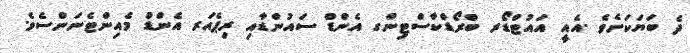
ދެ ބަޔަކަށެވެ .އެއީ އައުޓްޑޯރ ބްރޯޑްކާސްޓިންގ އެންޑް ސައުންޑާއި ރިޕެއަރ އެންޑް މެއިންޓެނަންސެވެ.